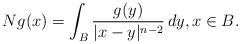
\begin{align*}Ng(x)=\int_B\frac{g(y)}{|x-y|^{n-2}}\,dy,x\in B.\end{align*}